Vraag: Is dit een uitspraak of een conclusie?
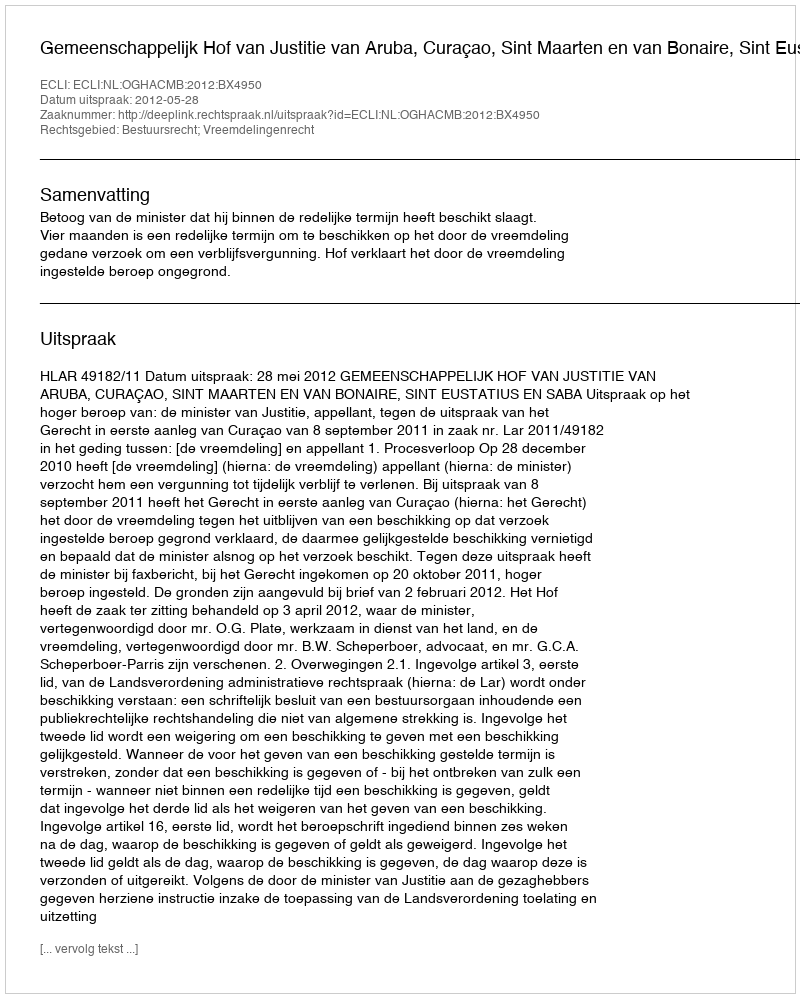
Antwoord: Uitspraak